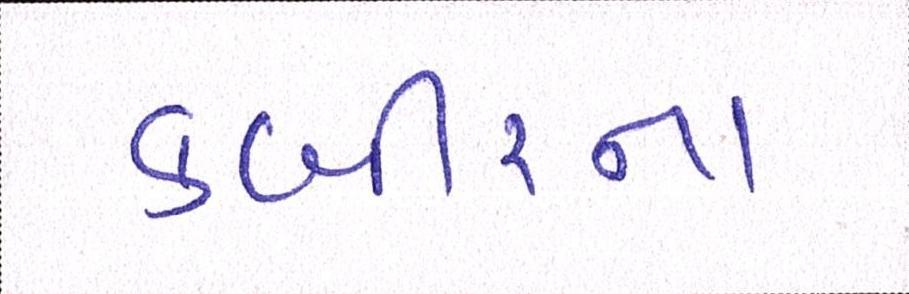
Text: કબીરના